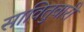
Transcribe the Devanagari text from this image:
सावितुवारी